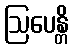
ဩပေန္တိ